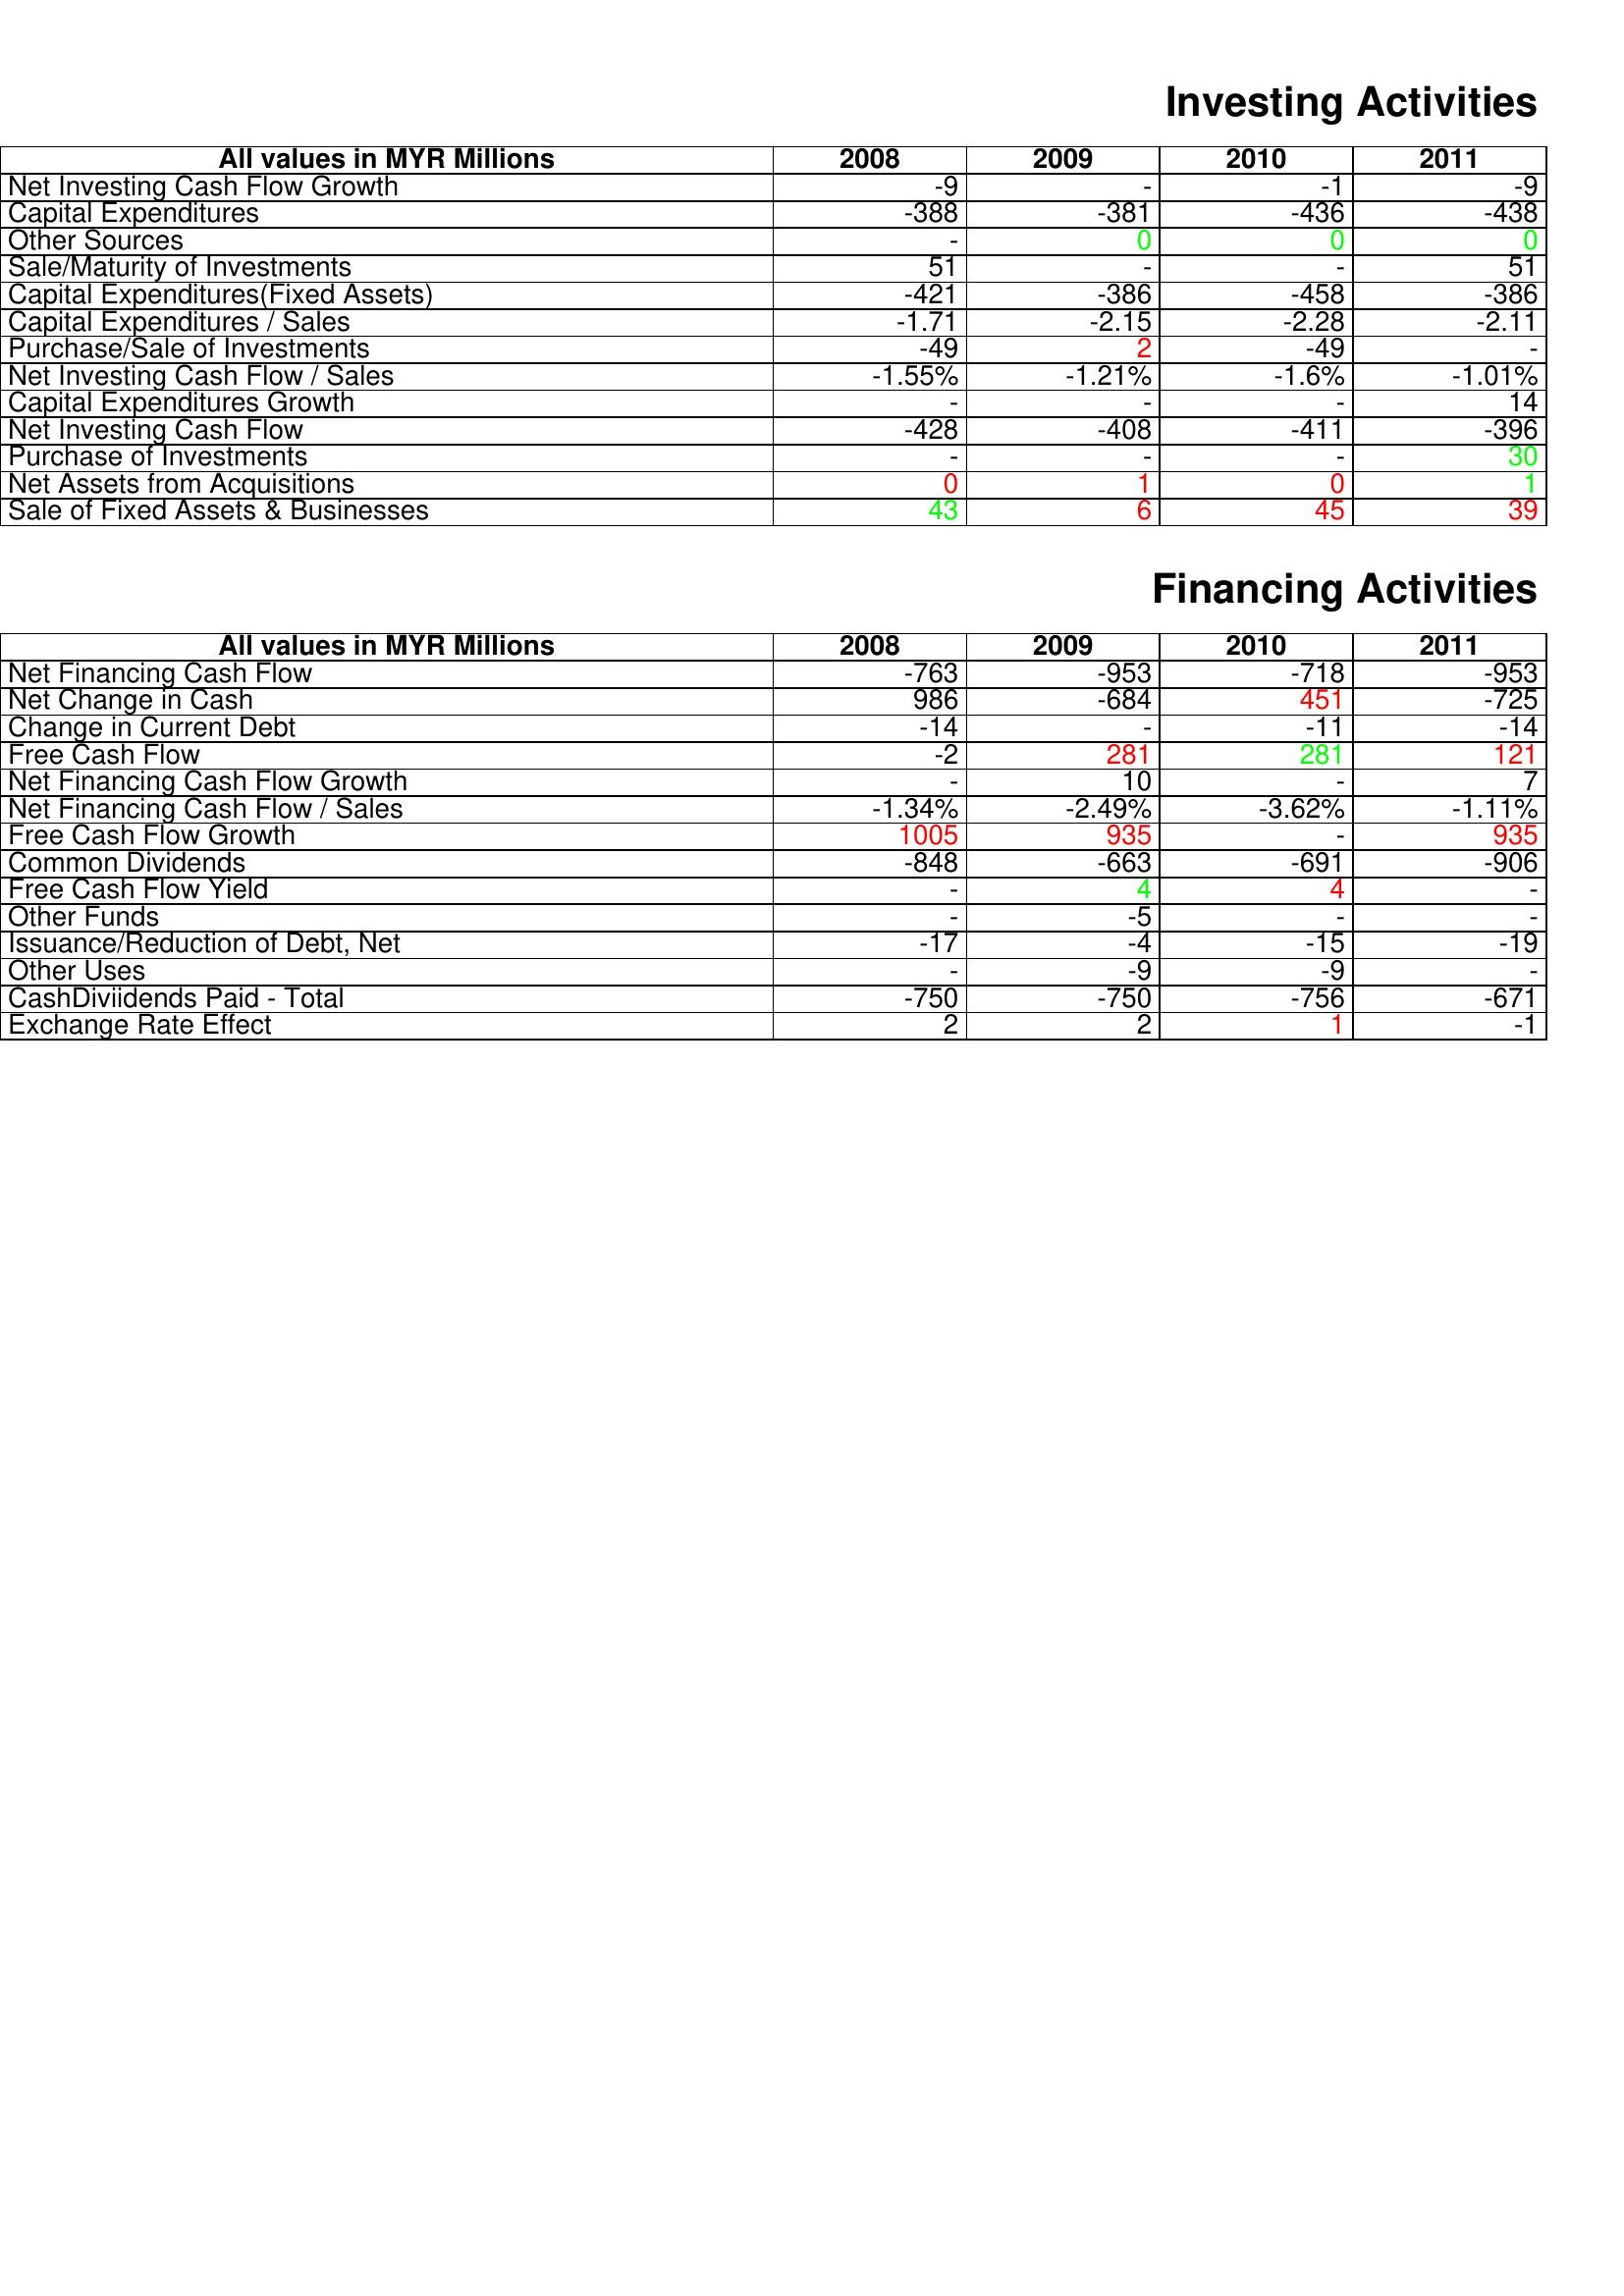
gt_parse: 2008: Investing Activities: Net Investing Cash Flow Growth: -9
Capital Expenditures: -388
Other Sources: -
Sale/Maturity of Investments: 51
Capital Expenditures(Fixed Assets): -421
Capital Expenditures / Sales: -1.71
Purchase/Sale of Investments: -49
Net Investing Cash Flow / Sales: -1.55%
Capital Expenditures Growth: -
Net Investing Cash Flow: -428
Purchase of Investments: -
Net Assets from Acquisitions: 0
Sale of Fixed Assets & Businesses: 43
Financing Activities: Net Financing Cash Flow: -763
Net Change in Cash: 986
Change in Current Debt: -14
Free Cash Flow: -2
Net Financing Cash Flow Growth: -
Net Financing Cash Flow / Sales: -1.34%
Free Cash Flow Growth: 1005
Common Dividends: -848
Free Cash Flow Yield: -
Other Funds: -
Issuance/Reduction of Debt, Net: -17
Other Uses: -
CashDiviidends Paid - Total: -750
Exchange Rate Effect: 2
2009: Investing Activities: Net Investing Cash Flow Growth: -
Capital Expenditures: -381
Other Sources: 0
Sale/Maturity of Investments: -
Capital Expenditures(Fixed Assets): -386
Capital Expenditures / Sales: -2.15
Purchase/Sale of Investments: 2
Net Investing Cash Flow / Sales: -1.21%
Capital Expenditures Growth: -
Net Investing Cash Flow: -408
Purchase of Investments: -
Net Assets from Acquisitions: 1
Sale of Fixed Assets & Businesses: 6
Financing Activities: Net Financing Cash Flow: -953
Net Change in Cash: -684
Change in Current Debt: -
Free Cash Flow: 281
Net Financing Cash Flow Growth: 10
Net Financing Cash Flow / Sales: -2.49%
Free Cash Flow Growth: 935
Common Dividends: -663
Free Cash Flow Yield: 4
Other Funds: -5
Issuance/Reduction of Debt, Net: -4
Other Uses: -9
CashDiviidends Paid - Total: -750
Exchange Rate Effect: 2
2010: Investing Activities: Net Investing Cash Flow Growth: -1
Capital Expenditures: -436
Other Sources: 0
Sale/Maturity of Investments: -
Capital Expenditures(Fixed Assets): -458
Capital Expenditures / Sales: -2.28
Purchase/Sale of Investments: -49
Net Investing Cash Flow / Sales: -1.6%
Capital Expenditures Growth: -
Net Investing Cash Flow: -411
Purchase of Investments: -
Net Assets from Acquisitions: 0
Sale of Fixed Assets & Businesses: 45
Financing Activities: Net Financing Cash Flow: -718
Net Change in Cash: 451
Change in Current Debt: -11
Free Cash Flow: 281
Net Financing Cash Flow Growth: -
Net Financing Cash Flow / Sales: -3.62%
Free Cash Flow Growth: -
Common Dividends: -691
Free Cash Flow Yield: 4
Other Funds: -
Issuance/Reduction of Debt, Net: -15
Other Uses: -9
CashDiviidends Paid - Total: -756
Exchange Rate Effect: 1
2011: Investing Activities: Net Investing Cash Flow Growth: -9
Capital Expenditures: -438
Other Sources: 0
Sale/Maturity of Investments: 51
Capital Expenditures(Fixed Assets): -386
Capital Expenditures / Sales: -2.11
Purchase/Sale of Investments: -
Net Investing Cash Flow / Sales: -1.01%
Capital Expenditures Growth: 14
Net Investing Cash Flow: -396
Purchase of Investments: 30
Net Assets from Acquisitions: 1
Sale of Fixed Assets & Businesses: 39
Financing Activities: Net Financing Cash Flow: -953
Net Change in Cash: -725
Change in Current Debt: -14
Free Cash Flow: 121
Net Financing Cash Flow Growth: 7
Net Financing Cash Flow / Sales: -1.11%
Free Cash Flow Growth: 935
Common Dividends: -906
Free Cash Flow Yield: -
Other Funds: -
Issuance/Reduction of Debt, Net: -19
Other Uses: -
CashDiviidends Paid - Total: -671
Exchange Rate Effect: -1